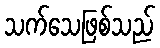
သက်သေဖြစ်သည်